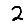
Digit: 2